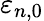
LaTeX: \varepsilon_{n,0}